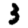
Digit: 3